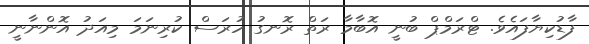
ފާޑުކިޔާފައެވެ. ޓްރަމްޕް ބުނީ އޮބާމާ ރަތް ރޮނގު ހުރަސް ކުރިނަމަ މިއަދު އޮންނާނީ